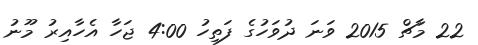
22 މާޗް 2015 ވަނަ ދުވަހުގެ ފަތިހު 4:00 ޖަހާ އެހާއިރު މޫނު